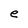
Character: e